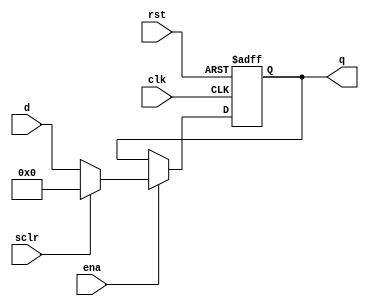
module nbit_register_sclr
#(
    parameter MAX_WIDTH = 4
)
(
    input wire clk,
    input wire rst,
    input wire ena,
    input wire sclr,
    input wire [MAX_WIDTH-1:0] d,
    output reg [MAX_WIDTH-1:0] q
);

    always @(posedge clk, posedge rst) begin
        if (rst) begin
            q <= {MAX_WIDTH{1'b0}};
        end
        else begin
            if (ena) begin
                if (sclr) begin
                    q <= {MAX_WIDTH{1'b0}};
                end
                else begin
                    q <= d;
                end
            end
        end
    end

endmodule